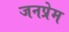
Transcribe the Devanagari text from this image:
जनप्रेम